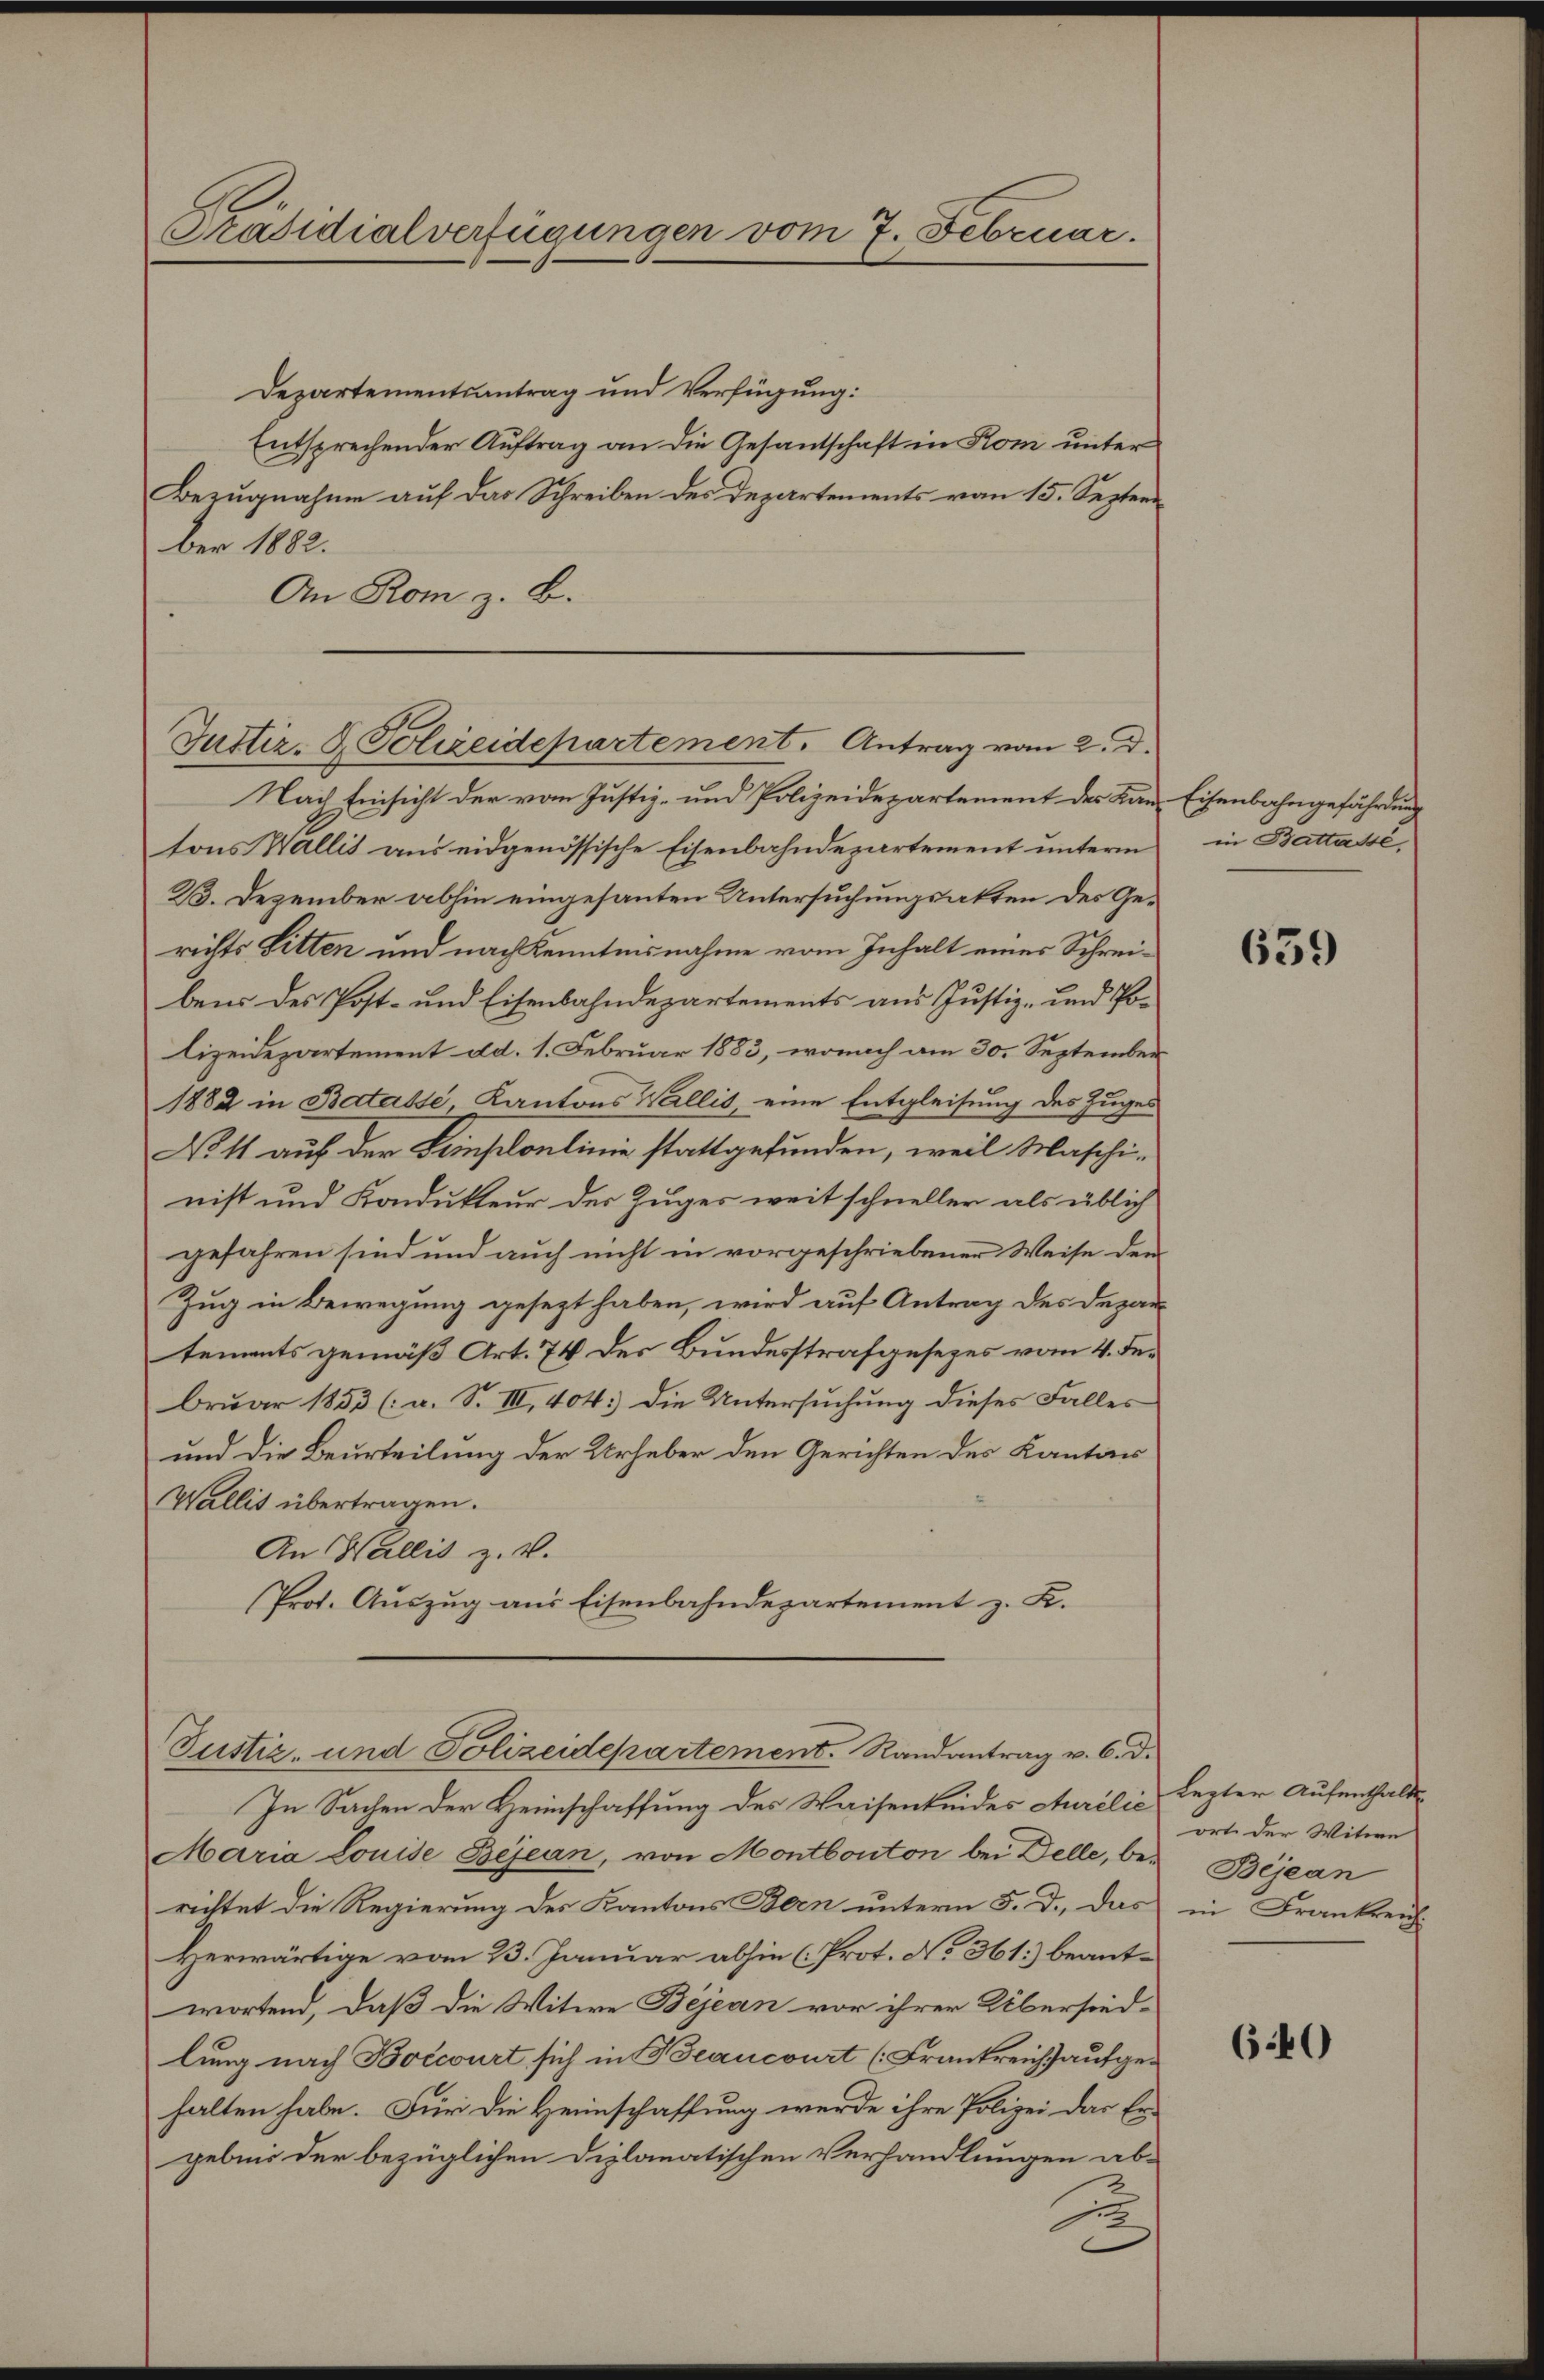
Präsidialverfügungen vom 7. Februar.

Departementsantrag und Verfügung:
Entsprechender Auftrag an die Gesantschaft in Kom unter
Bezugnahme auf das Schreiben des Departements vom 15. September 1882.
An Rom z. B.

Justiz- & Polizeidepartement. Antrag vom 2. d.

Nach Einsicht der vom Justiz- und Polizeidepartement des Kan Eisenbahngefährdung
tons Wallis aus eidgenössische Eisenbahndepartement unterm
23. Dezember abhin eingesanten Untersuchungsakten des Gerichts Sitten und nach Kenntnisnahme vom Inhalt eines Schreibens des Post- und Eisenbahndepartements aus Justiz- und Polizeidepartement dd. 1. Februar 1883, wonach am 30. September
1882 in Batasse, Kantons Wallis, eine Entgleisung des Zuges
No 11 auf der Semploulinie stattgefunden, weil Maschi-
nist und Kondukteur der Zuges weit schneller als üblich
gefahren sind und auch nicht in vorgeschriebener Weise der
Zug in Bewegung gesezt haben, wird auf Antrag des Departements gemäß Art. 74 des Bundesstrafgesezes vom 4. Februar 1853 (a. S. III, 404.) Die Untersuchung dieses Falles
und die Beurteilung der Urheber den Gerichten des Kanton
Wallis übertragen.
An Wallis z. v.
Prot. Auszug aus Eisenbahndepartement z. K.
Justiz- und Polizeidepartement. Randantrag v. 6. d.
In Sachen der Heimschaffung des Waisenkeides Aurelis lezter Aufenthalte
Maria Louise Bejean, von Montbouton bei Delle, be¬ Béjean
richtet die Regierung des Kantons Bern unterm 5. d., das
Herwärtige vom 23. Januar abhin (Prot. No 361) beantwortend, daß die Witwe Bejean vor ihrer Übersied-
lung nach Boccourt sich in Beancourt (Frankreich aufgehalten habe. Für die Heimschaffung werde ihre Polizei das Er-
gebnis der bezüglichen Diplomatischen Verhandlungen ab-
2

in Battassé,

639

orte der Witwe
in Frankreich

6.40